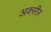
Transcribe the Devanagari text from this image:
अक्सीर